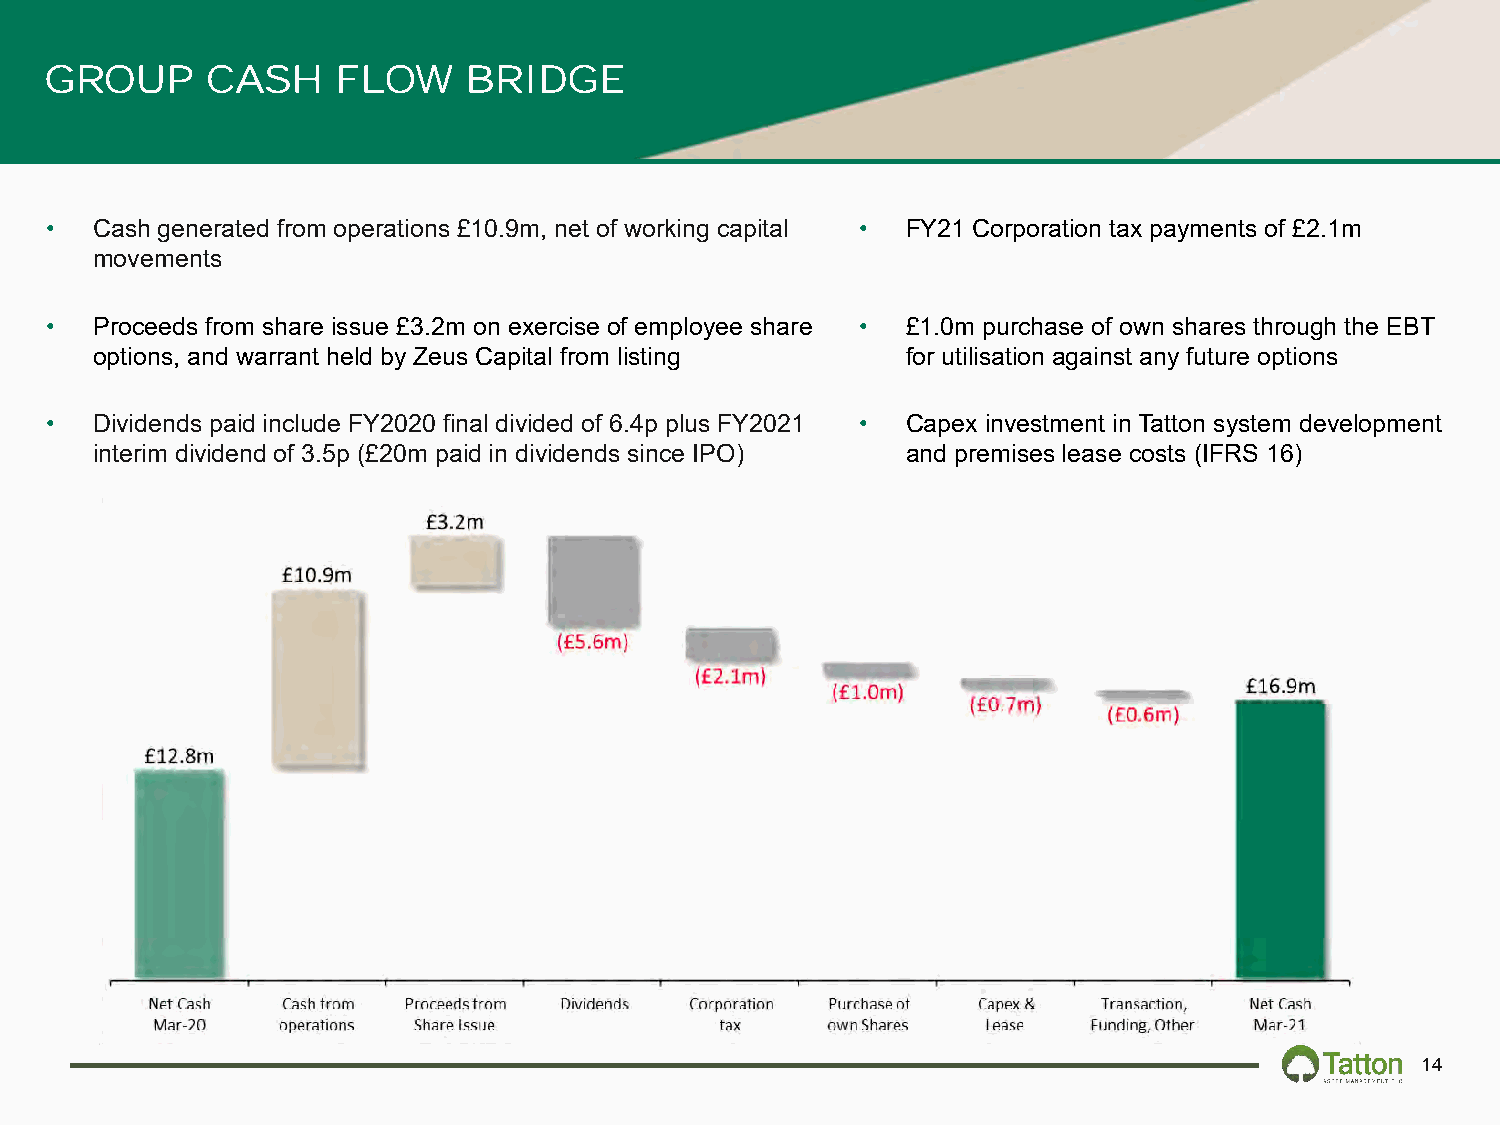
GROUP      CASH    FLOW     BRIDGE
 •  Cash generated from operations £10.9m, net of working capital • FY21 Corporation tax payments of £2.1m
 movements
 •  Proceeds from share issue £3.2m on exercise of employee share • £1.0m purchase of own shares through the EBT
 options, and warrant held by Zeus Capital from listing for utilisation against any future options
 •  Dividends paid include FY2020 final divided of 6.4p plus FY2021 • Capex investment in Tatton system development
 interim dividend of 3.5p (£20m paid in dividends since IPO) and premises lease costs (IFRS 16)
 14